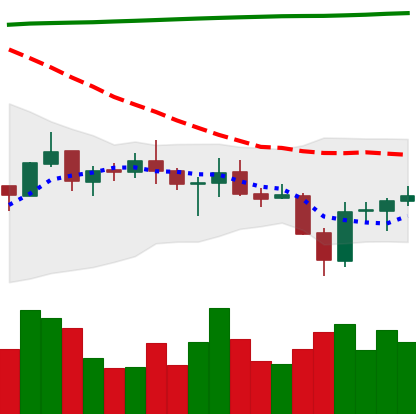
Ticker: BNB-USD
Chart end date: 2021-07-24
Forward return: 4.859%
Label: up_3_5